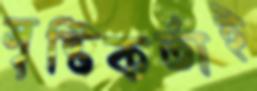
সৃষ্টিকর্তাই